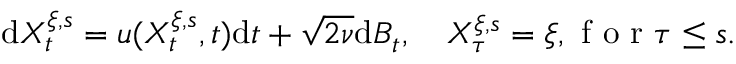
\mathrm { d } X _ { t } ^ { \xi , s } = u ( X _ { t } ^ { \xi , s } , t ) \mathrm { d } t + \sqrt { 2 \nu } \mathrm { d } B _ { t } , \quad X _ { \tau } ^ { \xi , s } = \xi , \mathrm { ~ f ~ o ~ r ~ } \tau \leq s .